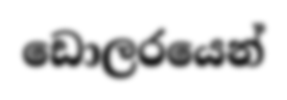
ඩොලරයෙන්